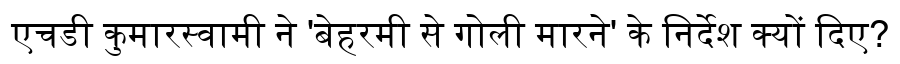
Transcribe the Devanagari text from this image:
एचडी कुमारस्वामी ने 'बेहरमी से गोली मारने' के निर्देश क्यों दिए?